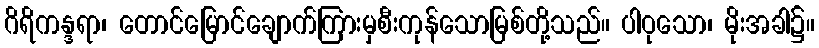
ဂိရိကန္ဒရာ၊ တောင်မြောင်ချောက်ကြားမှစီးကုန်သောမြစ်တို့သည်။ ပါဝုသော၊ မိုးအခါ၌။